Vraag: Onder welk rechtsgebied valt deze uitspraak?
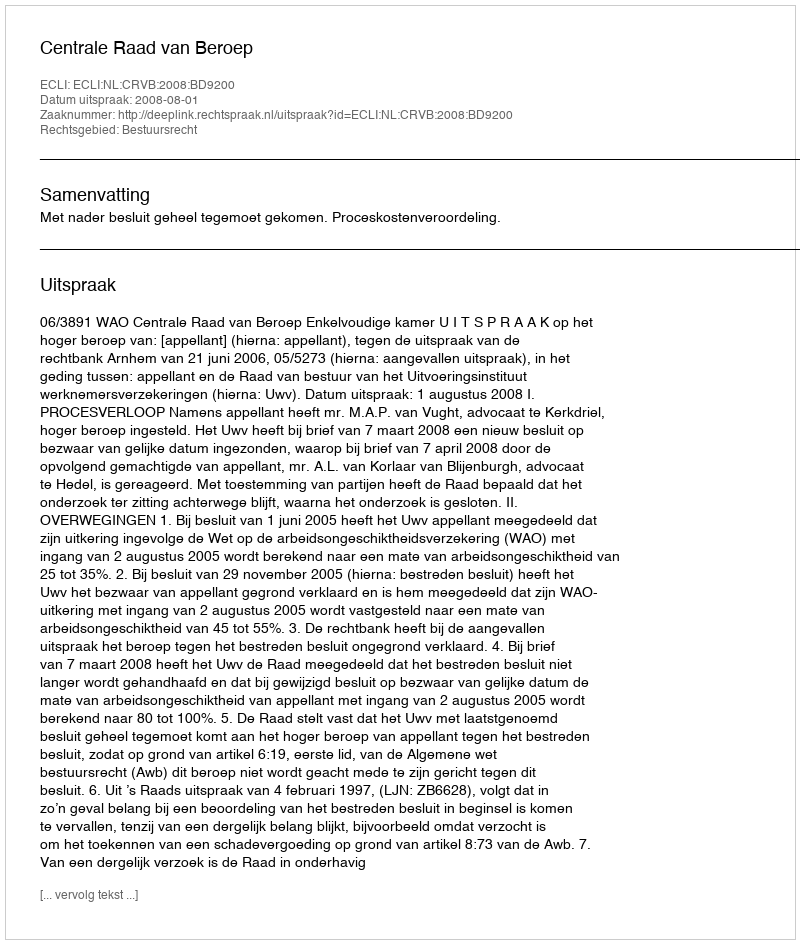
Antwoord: Bestuursrecht